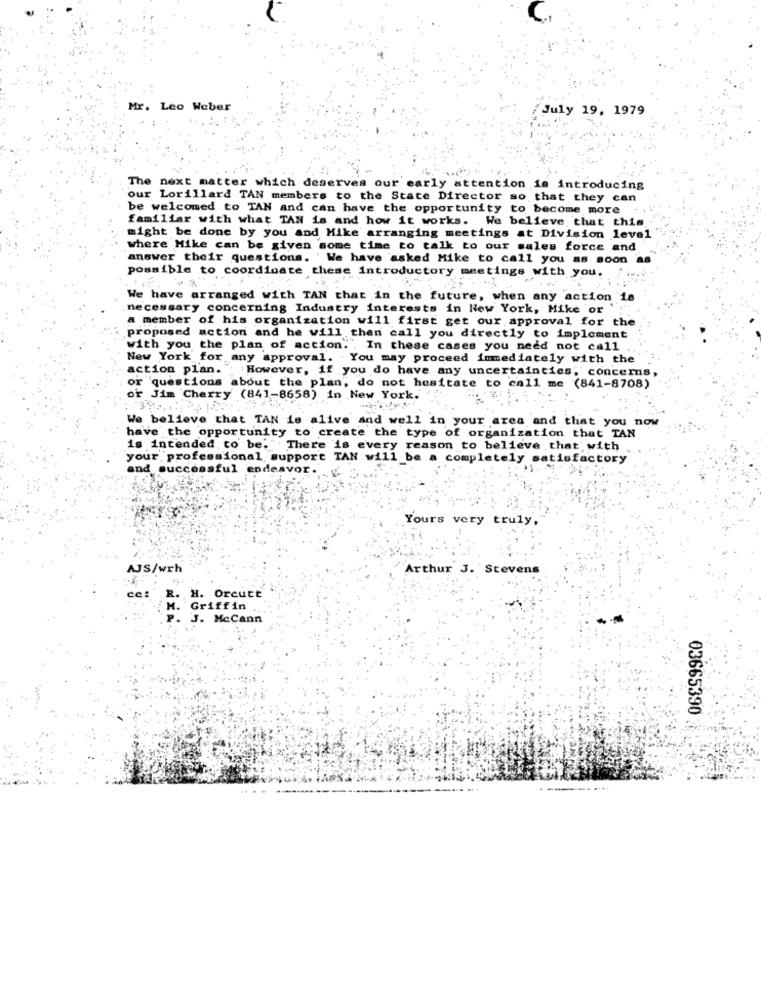
Mr. Leo Weber
July 19, 1979
The next matter which deserves our early attention is introducing
our Lorillard TAN members to the State Director so that they can
be welcomed to TAN and can have the opportunity to become more
familiar with what TAN is and how it works. We believe that this.
might be done by you and Mike arranging meetings at Division level
where Mike can be given some time to talk to our sales force and
answer their questions. We have asked Mike to call you as soon as
possible to coordinate these introductory meetings with you.
We have arranged with TAN that in the future, when any action is
necessary concerning Industry interests in New York, Mike or'
a member of his organization will first get our approval for the
proposed action and he will then call you directly to implement
with you the plan of action. . In these cases you need not call
New York for any approval. You may proceed immediately with the
action plan. ; However, if you do have any uncertainties, concerns
or questions about the plan, do not hesitate to call me (841-8708)
or Jim Cherry (841-8658) in New York.
We believe that TAN is alive and well in your area and that you now
have the opportunity to create the type of organization that TAN
is intended to be." There is every reason to believe that with
your professional support TAN will be a completely satisfactory
and successful endeavor.
Yours very truly,
AJS/wrh
Arthur J. Stevens
ce:
H. Orcutt
Griffin
J. McCann
03665390